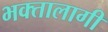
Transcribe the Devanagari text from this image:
भक्‍तालागी